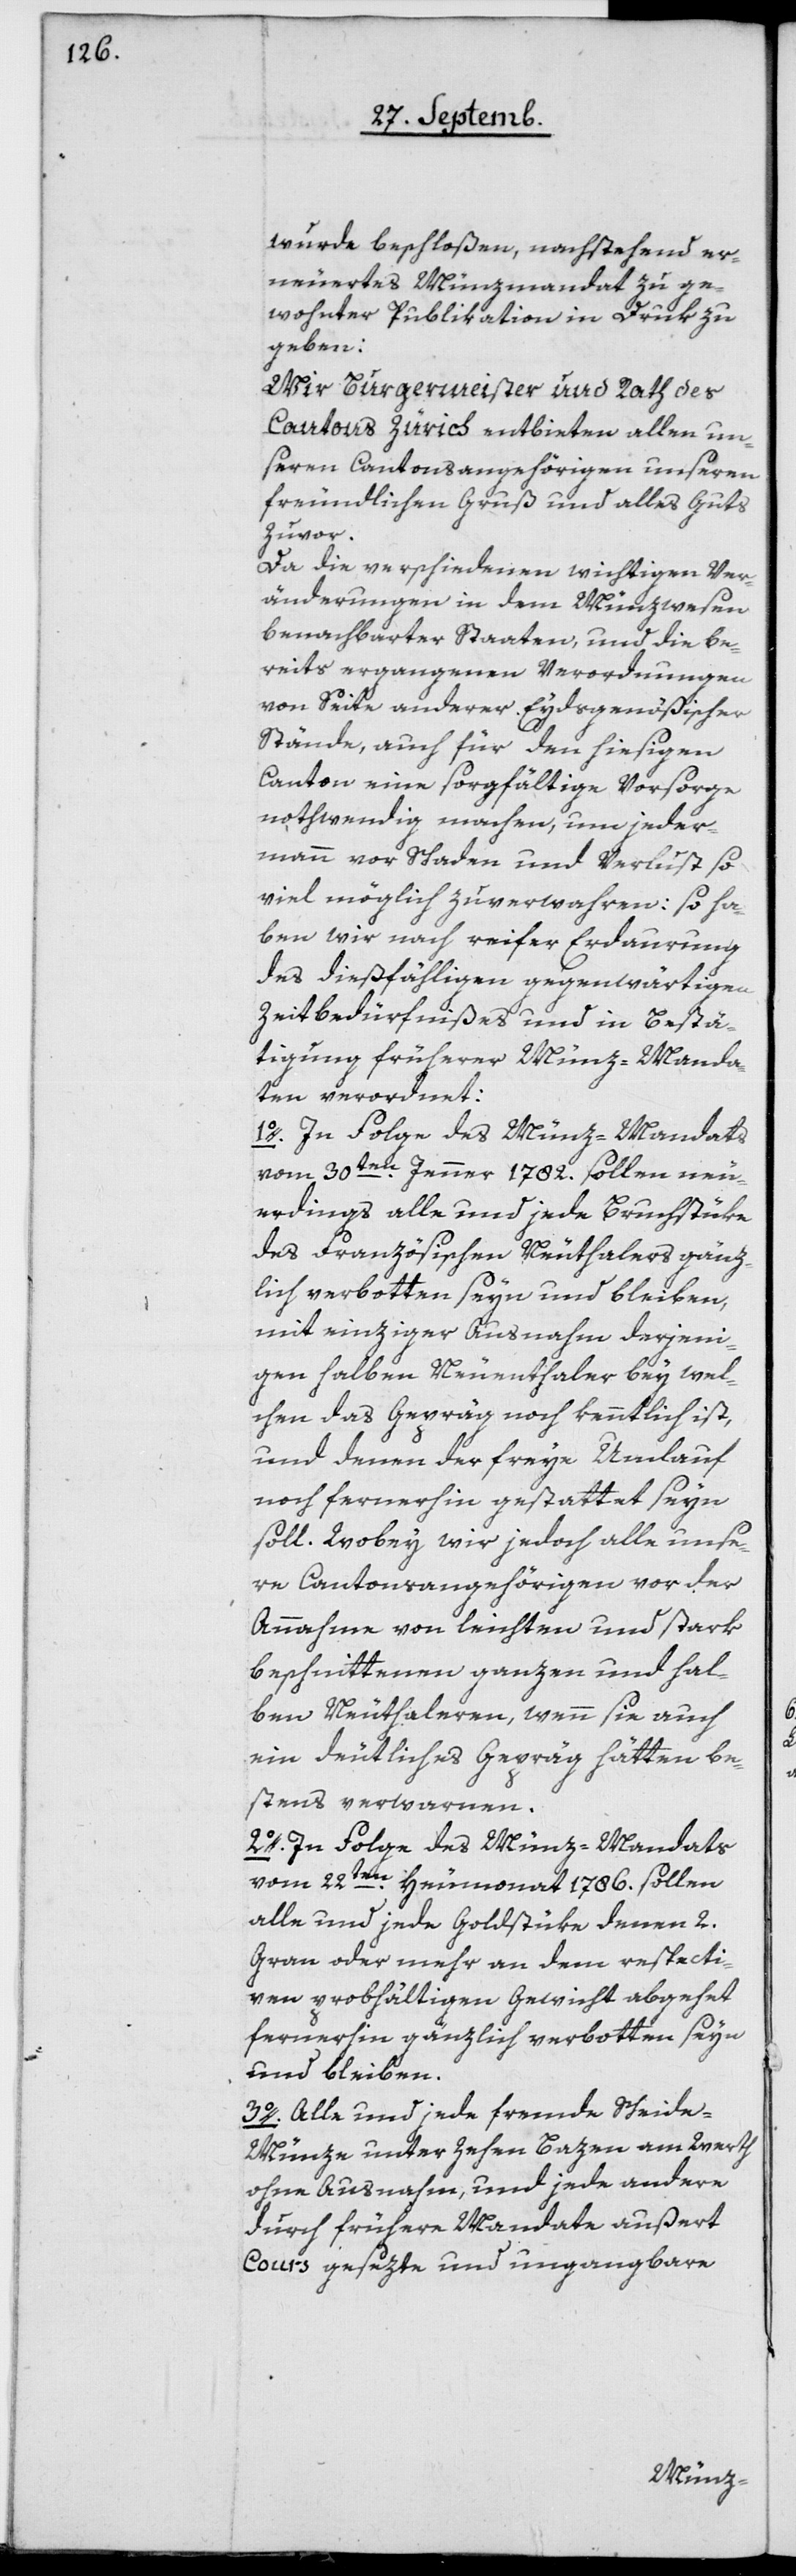
wurde beschloßen, nachstehend er¬
neuertes Münzmandat zu ge¬
wohnter Publication in Druck zu
geben:
Wir Burgermeister und Rath des
Cantons Zürich entbieten allenn un¬
sern Cantonsangehörigen unseren
freundlichen Gruß und alles Guts
zuvor.
Da die verschiedenen wichtigen Ver¬
änderungen in dem Münzwesen
benachbarter Staaten, und die be¬
reits ergangenen Verordnungen
von Seite anderer Eydsgenößischer
Stände, auch für den hiesigen
Canton eine sorgfältige Vorsorge
nothwendig machen, um jeder¬
mann vor Schaden und Verlust so
viel möglich zu verwahren: so ha¬
ben wir nach reifer Erdaurung
des dießfälligen gegenwärtigen
Zeitbedürfnißes und in Bestä¬
tigung früherer Münz-Manda¬
ten verordnet:
1o In Folge des Münz-Mandats
vom 30ten Jenner 1782 sollen neu¬
erdings alle und jede Bruchstüke
des Französischen Neuthalers gänz¬
lich verbotten seyn und bleiben,
mit einziger Ausnahme derjeni¬
gen halben Neuenthaler, bey wel¬
chen das Gepräg noch kenntlich ist,
und denen der freye Umlauf
noch fernerhin gestattet seyn
soll. Wobey wir jedoch alle unse¬
re Cantonsangehörigen vor der
Annahme von leichten und stark
beschnittenen ganzen und hal¬
ben Neuthaleren, wenn sie auch
ein deutliches Gepräg hätten, be¬
stens verwarnen.
2o In Folge des Münz-Mandats
vom 22ten Heumonat 1786 sollen
alle und jede Goldstüke, denen 2
Gran oder mehr an dem respecti¬
ven probhältigen Gewicht abgehet,
fernerhin gänzlich verbotten seyn
und bleiben.
3o Alle und jede fremde Scheide-M¬
ünze unter zehen Batzen am Werth
ohne Ausnahme, und jede andere
durch frühere Mandate außert
Cours gesezte und ungangbare